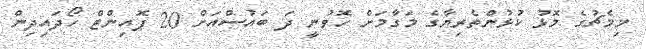
މިމެޗުގެ މޮޅު ކުޅުންތެރިޔާގެ މަގާމަށް ހޮވުނީ ދަ ބައުސްއަށް 20 ޕޮއިންޓް ހޯދައިދިން